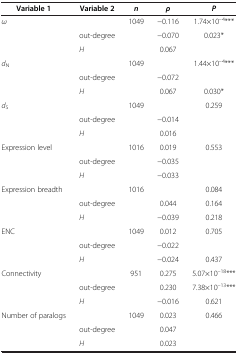
<table><thead><tr><td><b> Variable 1</b></td><td><b>Variable 2</b></td><td><b><i>n</i></b></td><td><b><i>ρ</i></b></td><td><b><i>P</i></b></td></tr></thead><tbody><tr><td rowspan="3"><i>ω</i></td><td>[EMPTY_CELL]</td><td>1049</td><td>−0.116</td><td>1.74×10<sup>–4</sup>***</td></tr><tr><td>out-degree</td><td>[EMPTY_CELL]</td><td>−0.070</td><td>0.023*</td></tr><tr><td><i>H</i></td><td>[EMPTY_CELL]</td><td>0.067</td><td>[EMPTY_CELL]</td></tr><tr><td rowspan="3"><i>d</i><sub>N</sub></td><td>[EMPTY_CELL]</td><td>1049</td><td>[EMPTY_CELL]</td><td>1.44×10<sup>–4</sup>***</td></tr><tr><td>out-degree</td><td>[EMPTY_CELL]</td><td>−0.072</td><td>[EMPTY_CELL]</td></tr><tr><td><i>H</i></td><td>[EMPTY_CELL]</td><td>0.067</td><td>0.030*</td></tr><tr><td rowspan="3"><i>d</i><sub>S</sub></td><td>[EMPTY_CELL]</td><td>1049</td><td>[EMPTY_CELL]</td><td>0.259</td></tr><tr><td>out-degree</td><td>[EMPTY_CELL]</td><td>−0.014</td><td>[EMPTY_CELL]</td></tr><tr><td><i>H</i></td><td>[EMPTY_CELL]</td><td>0.016</td><td>[EMPTY_CELL]</td></tr><tr><td rowspan="3">Expression level</td><td>[EMPTY_CELL]</td><td>1016</td><td>0.019</td><td>0.553</td></tr><tr><td>out-degree</td><td>[EMPTY_CELL]</td><td>−0.035</td><td>[EMPTY_CELL]</td></tr><tr><td><i>H</i></td><td>[EMPTY_CELL]</td><td>−0.033</td><td>[EMPTY_CELL]</td></tr><tr><td rowspan="3">Expression breadth</td><td>[EMPTY_CELL]</td><td>1016</td><td>[EMPTY_CELL]</td><td>0.084</td></tr><tr><td>out-degree</td><td>[EMPTY_CELL]</td><td>0.044</td><td>0.164</td></tr><tr><td><i>H</i></td><td>[EMPTY_CELL]</td><td>−0.039</td><td>0.218</td></tr><tr><td rowspan="3">ENC</td><td>[EMPTY_CELL]</td><td>1049</td><td>0.012</td><td>0.705</td></tr><tr><td>out-degree</td><td>[EMPTY_CELL]</td><td>−0.022</td><td>[EMPTY_CELL]</td></tr><tr><td><i>H</i></td><td>[EMPTY_CELL]</td><td>−0.024</td><td>0.437</td></tr><tr><td rowspan="3">Connectivity</td><td>[EMPTY_CELL]</td><td>951</td><td>0.275</td><td>5.07×10<sup>–18</sup>***</td></tr><tr><td>out-degree</td><td>[EMPTY_CELL]</td><td>0.230</td><td>7.38×10<sup>–13</sup>***</td></tr><tr><td><i>H</i></td><td>[EMPTY_CELL]</td><td>−0.016</td><td>0.621</td></tr><tr><td rowspan="3">Number of paralogs</td><td>[EMPTY_CELL]</td><td>1049</td><td>0.023</td><td>0.466</td></tr><tr><td>out-degree</td><td>[EMPTY_CELL]</td><td>0.047</td><td>[EMPTY_CELL]</td></tr><tr><td><i>H</i></td><td>[EMPTY_CELL]</td><td>0.023</td><td>[EMPTY_CELL]</td></tr></tbody></table>